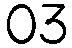
03